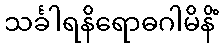
သင်္ခါရနိရောဓဂါမိနိံ